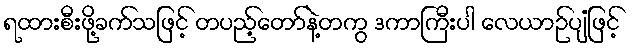
ရထားစီးဖို့ခက်သဖြင့် တပည့်တော်နဲ့တကွ ဒကာကြီးပါ လေယာဉ်ပျံဖြင့်